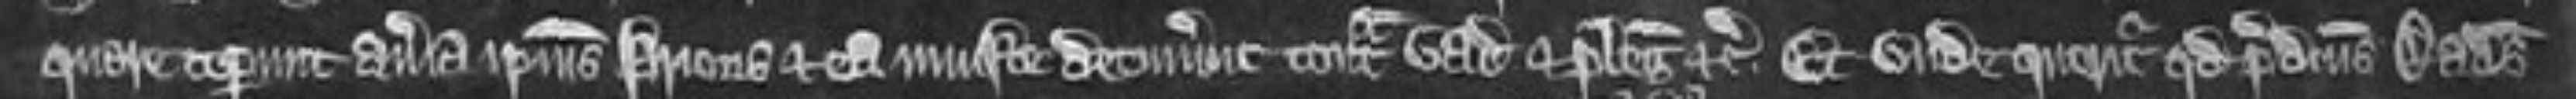
quare ceperunt averia ipsius prioris et ea injuste detinuerunt contra vadium et plegios etc. Et unde queritur quod predictus Radulfus